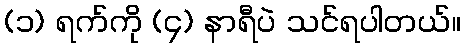
(၁) ရက်ကို (၄) နာရီပဲ သင်ရပါတယ်။